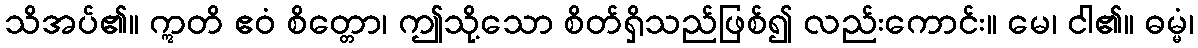
သိအပ်၏။ ဣတိ ဧဝံ စိတ္တော၊ ဤသို့သော စိတ်ရှိသည်ဖြစ်၍ လည်းကောင်း။ မေ၊ ငါ၏။ ဓမ္မံ၊